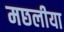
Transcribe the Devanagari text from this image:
मछलीया